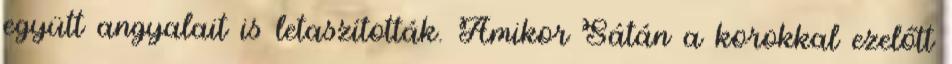
együtt angyalait is letaszították. Amikor Sátán a korokkal ezelőtt